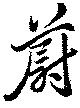
蔚